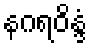
နဂရဝိန္ဒံ